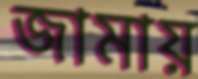
জামায়